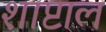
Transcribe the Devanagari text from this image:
शाप्टाल